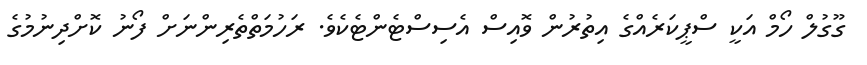
ގޫގުލް ހޯމް އަކީ ސްޕީކަރެއްގެ އިތުރުން ވޮއިސް އެސިސްޓެންޓެކެވެ. ރަހުމަތްތެރިންނަށް ފޯނު ކޮށްދިނުމުގެ